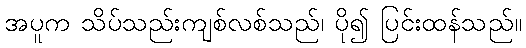
အပူက သိပ်သည်းကျစ်လစ်သည်၊ ပို၍ ပြင်းထန်သည်။